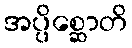
အပ္ပိစ္ဆောတိ